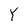
Character: Y